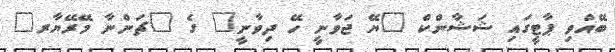
ބޭއްވި ޕާޓީގައި ޝަޝާންކް "ޔޭ ޖަވާނީ ހޭ ދިވާނީ" ގެ "ޗަންނާ މޭރޭޔާރ"